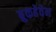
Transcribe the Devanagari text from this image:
ब्रुकहेवेन